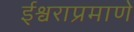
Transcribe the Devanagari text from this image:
ईश्वराप्रमाणे